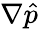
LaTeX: \nabla\hat{p}